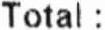
TOTAL :